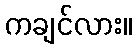
ကချင်လား။